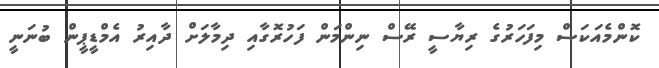
ކޮންމެއަކަސް މިފަހަރުގެ ރިޔާސީ ރޭސް ނިންމަން ފަހުރޮގާއި ދިމާލަށް ދާއިރު އެމްޑީޕީން ބުނަނީ